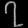
Digit: ၇